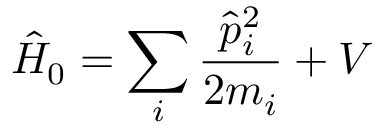
{ \hat { H } } _ { 0 } = \sum _ { i } { \frac { { \hat { p } } _ { i } ^ { 2 } } { 2 m _ { i } } } + V